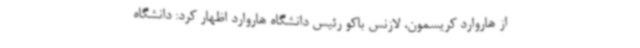
از هاروارد کریسمون، لازنس باکو رئیس دانشگاه هاروارد اظهار کرد: دانشگاه